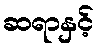
ဆရာနှင့်